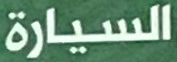
السيارة